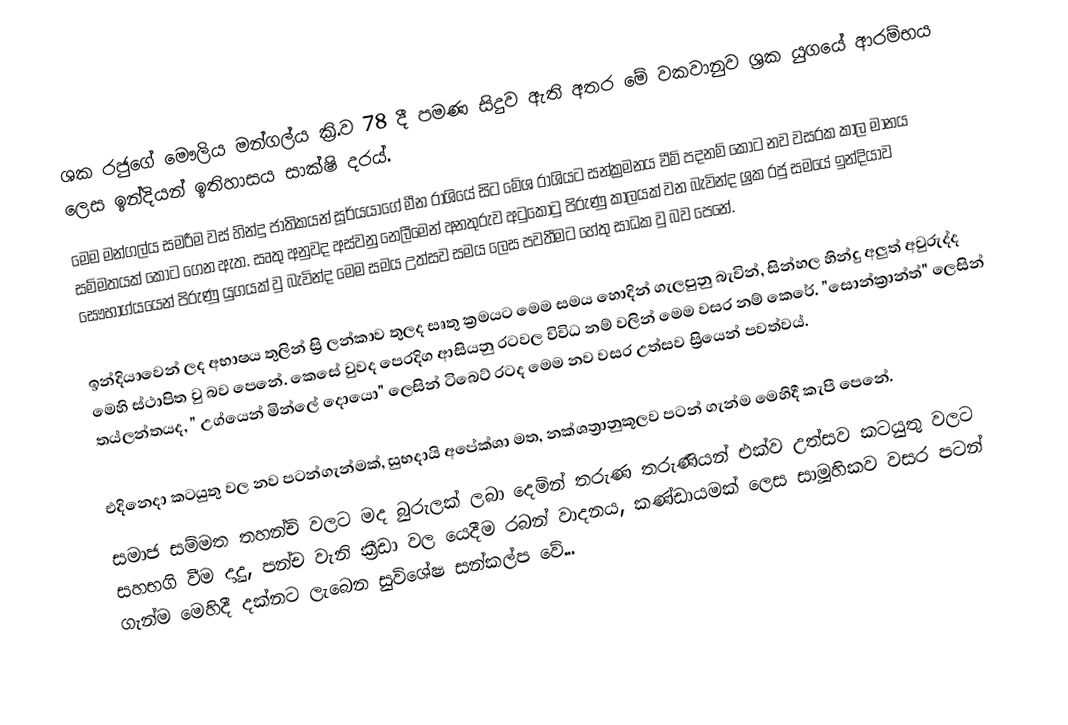
ශක රජුගේ මෞලිය මන්ගල්ය ක්‍රි.ව 78 දී පමණ සිදුව ඇති අතර මේ වකවානුව ශ්‍රක යුගයේ ආරම්භය ලෙස ඉන්දියන් ඉතිහාසය සාක්ෂි දරය්.
මෙම මන්ගල්ය සමරීම වස් හින්දු ජාතිකයන් සූර්යයාගේ මීන රාශියේ සිට මේශ රාශියට සන්ක්‍රමනය වීම් පදනම් කොට නව වසරක කාල මානය සම්මතයක් කොට ගෙන ඇත. සෘතු අනුවද අස්වනු නෙලීමෙන් අනතුරුව අ‍ටුකො‍ටු පිරුණු කාලයක් වන බැවින්ද ශ්‍රක රජු සමයේ ඉන්දියාව සෞභාග්යයෙන් පිරුණු යුගයක් වු බැවින්ද මෙම සමය උත්සව සමය ලෙස පවතීමට හේතු සාධක වු බව පෙනේ.

ඉන්දියාවෙන් ලද අභාෂය තුලින් ස්‍රි ලන්කාව තුලද සෘතු ක්‍රමයට මෙම සමය හොදින් ගැලපුනු බැවින්, සින්හල හින්දු අලුත් අවුරුද්ද මෙහි ස්ථාපිත වු බව පෙනේ. කෙසේ වුවද පෙරදිග ආසියනු රටවල විවිධ නම් වලින් මෙම වසර නම් කෙරේ. "සොන්ක්‍රාන්ත්" ලෙසින් තය්ලන්තයද, " උග්යෙන් මින්ලේ දොයො" ලෙසින් ටිබෙට් රටද මෙම නව වසර උත්සව ස්‍රියෙන් පවත්වය්.

එදිනෙදා කටයුතු වල නව පටන්ගැන්මක්, සුභදායි අපේක්ශා මත, නක්ශත්‍රානුකූලව පටන් ගැන්ම මෙහිදී කැපී පෙනේ.
සමාජ සම්මත තහන්චි වලට මද බුරුලක් ලබා දෙමින් තරුණ තරුණියන් එක්ව උත්සව කටයුතු වලට සහභගි වීම දාදු, පන්ච වැනි ක්‍රීඩා වල යෙදීම රබන් වාදනය, කණ්ඩායමක් ලෙස සාමූහිකව වසර පටන් ගැන්ම මෙහිදී දක්නට ලැබෙන සුවිශේෂ සන්කල්ප වේ...